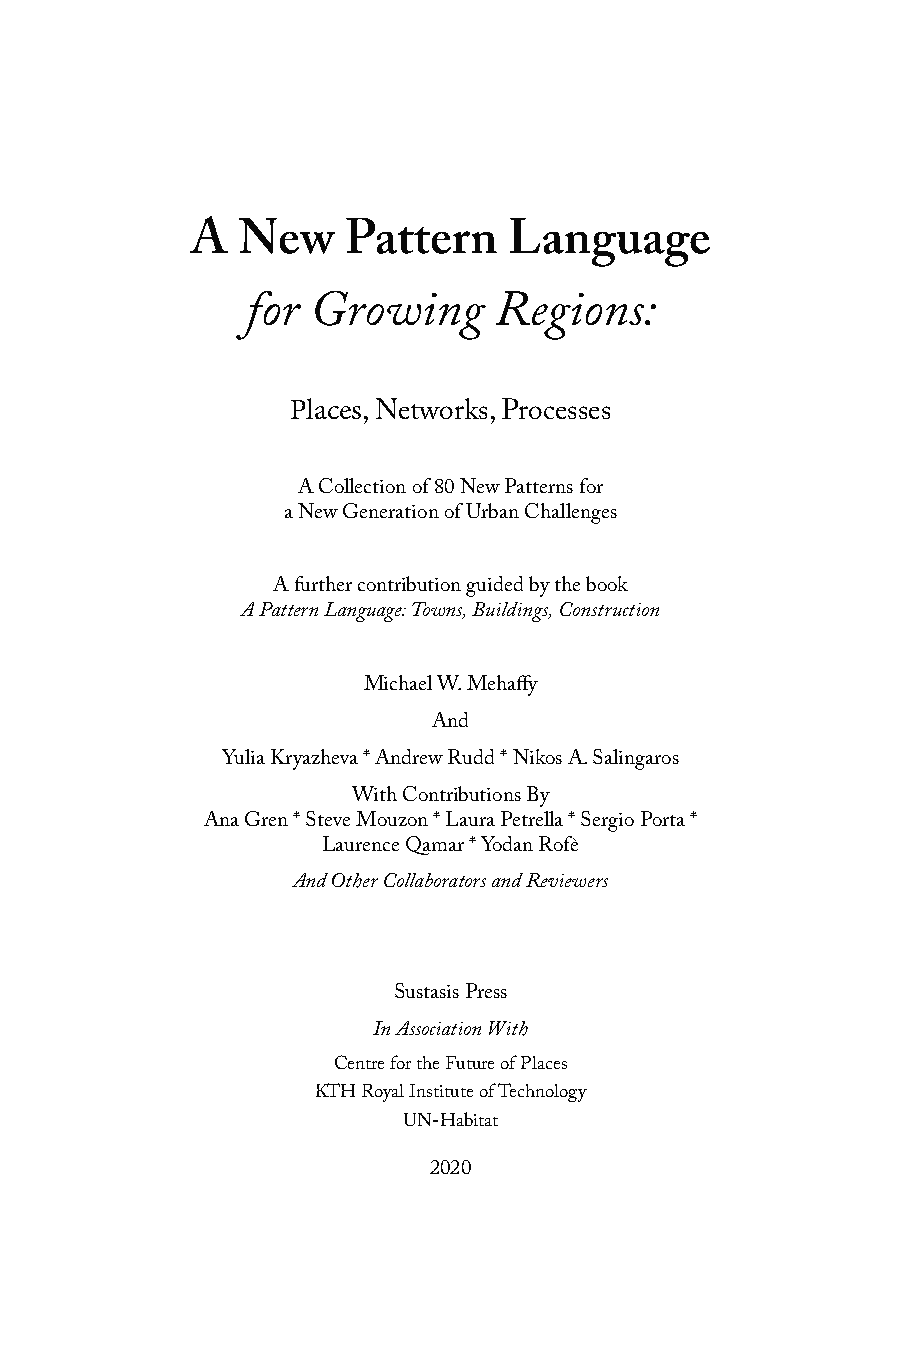
A  New    Pattern    Language
 for  Growing     Regions:
 Places
 , Networks, Processes
 A Collection of 80 New Patterns for
 a New Generation of Urban Challenges
 A further contribution guided by the book
 A Pattern Language: Towns, Buildings, Construction
 Michael W. Mehaffy
 And
 Yulia Kryazheva * Andrew Rudd * Nikos A. Salingaros
 With Contributions By
 Ana Gren * Steve Mouzon * Laura Petrella * Sergio Porta *
 Laurence Qamar * Yodan Rofè
 And Other Collaborators and Reviewers
 Sustasis Press
 In Association With
 Centre for the Future of Places
 KTH Royal Institute of Technology
 UN-Habitat
 2020